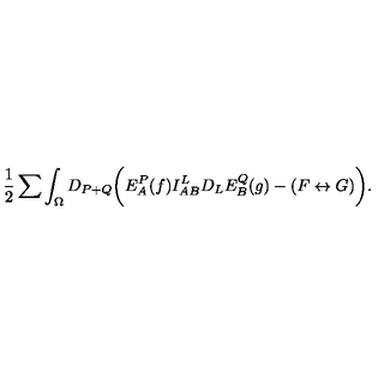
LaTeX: { \frac { 1 } { 2 } } \sum \int _ { \Omega } D _ { P + Q } \biggl ( E _ { A } ^ { P } ( f ) I _ { A B } ^ { L } D _ { L } E _ { B } ^ { Q } ( g ) - ( F \leftrightarrow G ) \biggr ) .